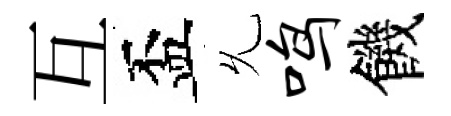
互盃𠃔鸣饑